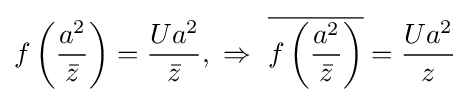
f\left({\frac {a^{2}}{\bar {z}}}\right)={\frac {Ua^{2}}{\bar {z}}},\ \Rightarrow \ {\overline {f\left({\frac {a^{2}}{\bar {z}}}\right)}}={\frac {Ua^{2}}{z}}